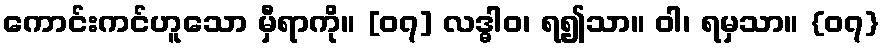
ကောင်းကင်ဟူသော မှီရာကို။ [၀၇] လဒ္ဓါဝ၊ ရ၍သာ။ ဝါ၊ ရမှသာ။ {၀၇}